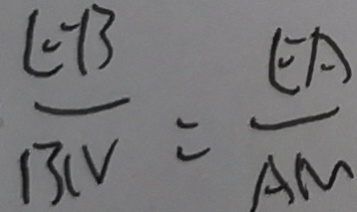
\frac { B E } { B V } = \frac { E A } { A N }